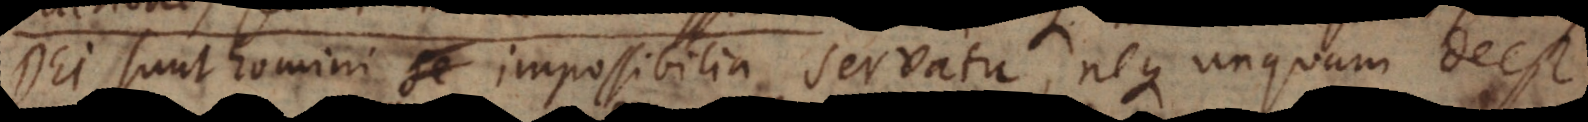
Dei sunt homini impossibilia servatu, neque unquam deest